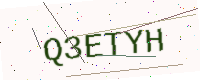
Text: Q3ETYH